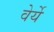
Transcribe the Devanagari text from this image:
वेर्ये